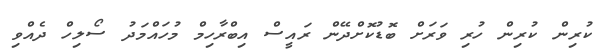
ކުރިން ކުރިން ހުރި ވަރަށް ބޮޑުކޮށްދޭން ރައީސް އިބްރާހިމް މުހައްމަދު ސޯލިހް ދެއްވި